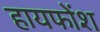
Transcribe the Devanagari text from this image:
हायफोंश